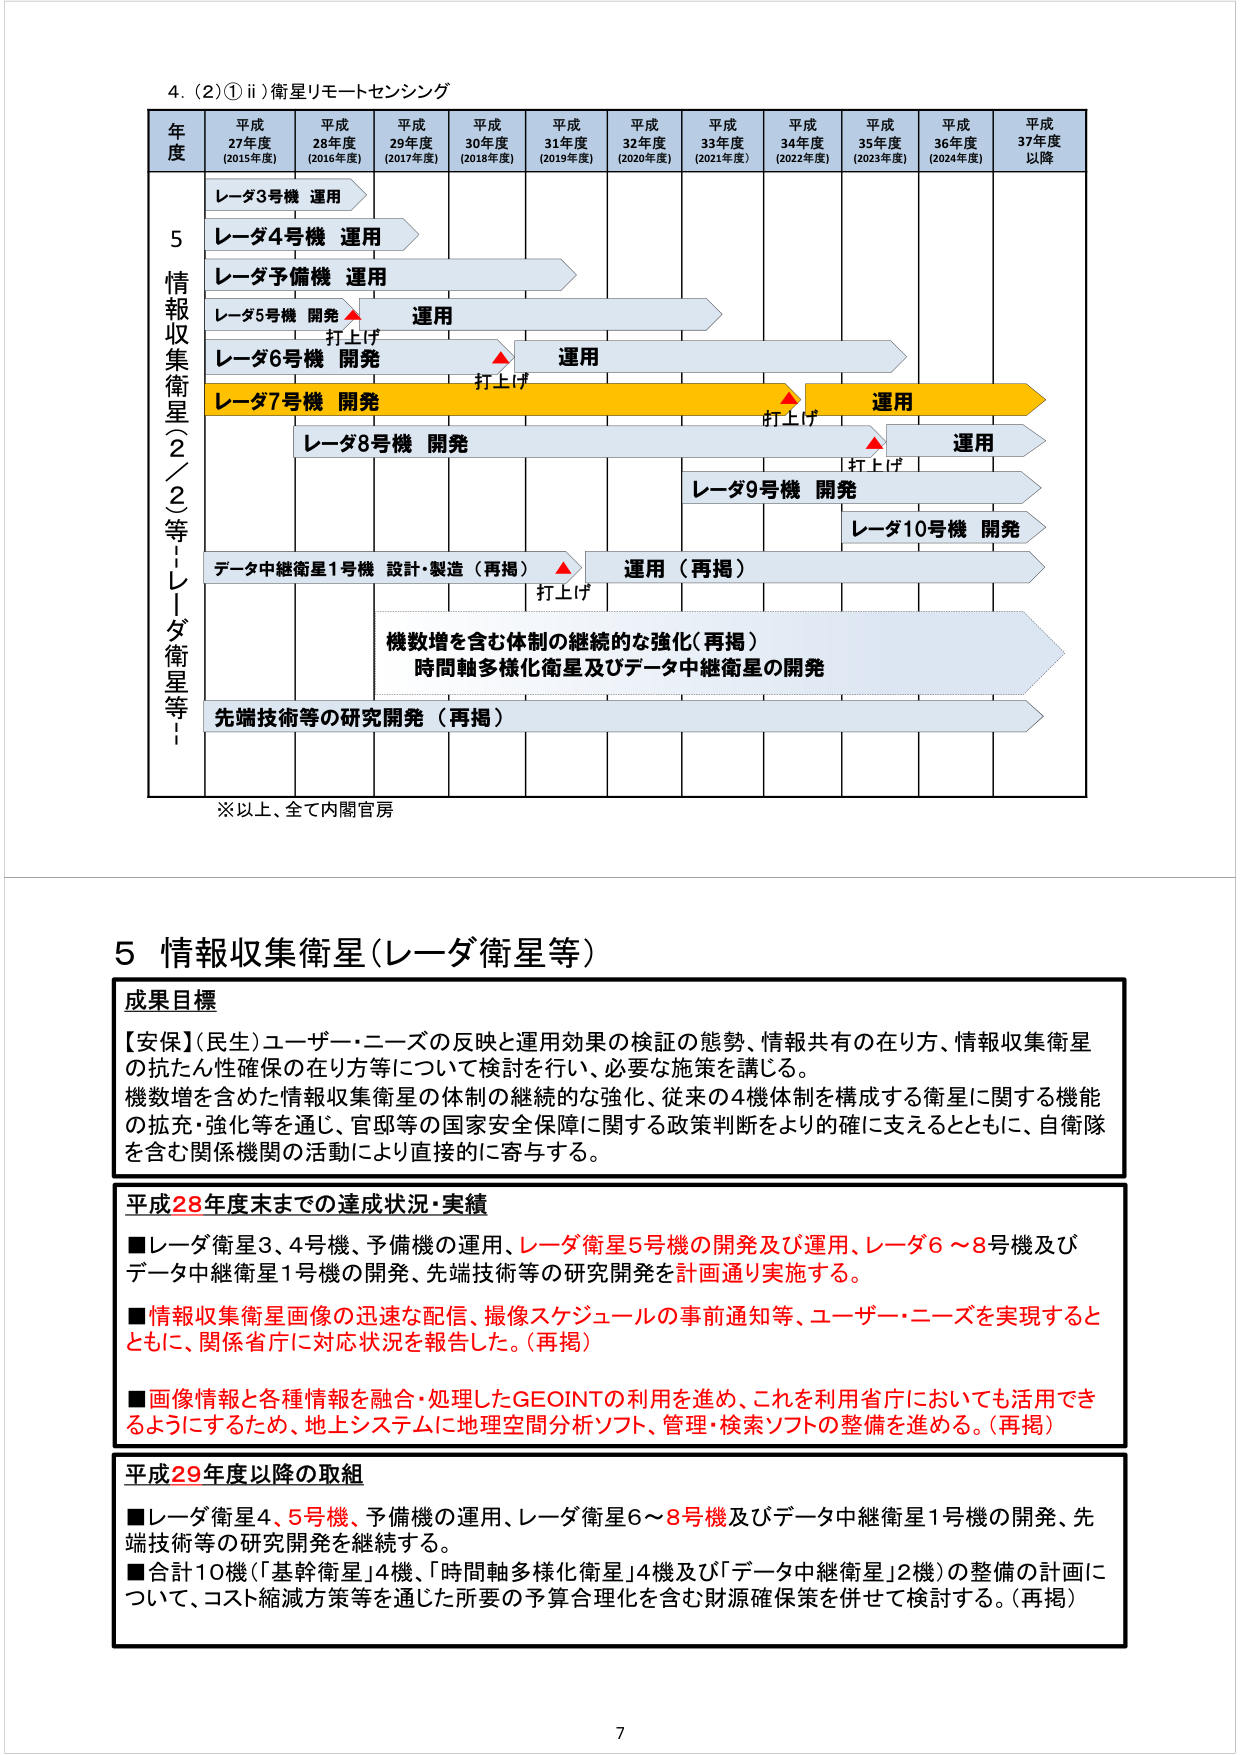
4. (2)① ii) 衛星リモートセンシング

年度 平成27年度 (2015年度) 平成28年度 (2016年度) 平成29年度 (2017年度) 平成30年度 (2018年度) 平成31年度 (2019年度) 平成32年度 (2020年度) 平成33年度 (2021年度) 平成34年度 (2022年度) 平成35年度 (2023年度) 平成36年度 (2024年度) 平成37年度 以降

情報収集衛星（2／2等・レーダ衛星等）

レーダ3号機 運用
レーダ4号機 運用
レーダ予備機 運用
レーダ5号機 開発 ▲ 運用
打上げ
レーダ6号機 開発 ▲ 運用
打上げ
レーダ7号機 開発 ▲ 運用
打上げ
レーダ8号機 開発 ▲ 運用
打上げ
レーダ9号機 開発
レーダ10号機 開発
データ中継衛星1号機 設計・製造（再掲） ▲ 運用（再掲）
打上げ
機数増を含む体制の継続的な強化（再掲）
時間軸多様化衛星及びデータ中継衛星の開発
先端技術等の研究開発（再掲）

※以上、全て内閣官房

5 情報収集衛星（レーダ衛星等）

成果目標
【安保】（民生）ユーザー・ニーズの反映と運用効果の検証の態勢、情報共有の在り方、情報収集衛星の抗たん性確保の在り方等について検討を行い、必要な施策を講じる。
機数増を含めた情報収集衛星の体制の継続的な強化、従来の4機体制を構成する衛星に関する機能の拡充・強化等を通じ、官邸等の国家安全保障に関する政策判断をより的確に支えるとともに、自衛隊を含む関係機関の活動により直接的に寄与する。

平成28年度末までの達成状況・実績
■レーダ衛星3、4号機、予備機の運用、レーダ衛星5号機の開発及び運用、レーダ6～8号機及びデータ中継衛星1号機の開発、先端技術等の研究開発を計画通り実施する。
■情報収集衛星画像の迅速な配信、撮像スケジュールの事前通知等、ユーザー・ニーズを実現するとともに、関係省庁に対応状況を報告した。（再掲）
■画像情報と各種情報を融合・処理したGEOINTの利用を進め、これを利用省庁においても活用できるようにするため、地上システムに地理空間分析ソフト、管理・検索ソフトの整備を進める。（再掲）

平成29年度以降の取組
■レーダ衛星4、5号機、予備機の運用、レーダ衛星6～8号機及びデータ中継衛星1号機の開発、先端技術等の研究開発を継続する。
■合計10機（「基幹衛星」4機、「時間軸多様化衛星」4機及び「データ中継衛星」2機）の整備の計画について、コスト縮減方策等を通じた所要の予算合理化を含む財源確保策を併せて検討する。（再掲）

7